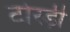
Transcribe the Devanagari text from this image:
टोरड़ी